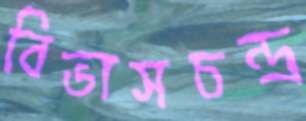
বিভাসচন্দ্র